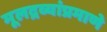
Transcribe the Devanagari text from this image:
मूलद्रव्यांप्रमाणे